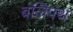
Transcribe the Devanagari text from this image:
बलिपथ